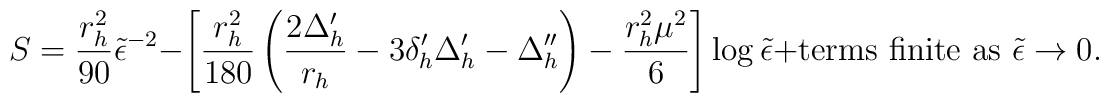
S=\frac {r_{h}^{2}}{90} {\tilde {\epsilon }}^{-2}-\left[\frac {r_{h}^{2}}{180} \left( \frac {2\Delta _{h}'}{r_{h}} - 3\delta _{h}' \Delta _{h}'-\Delta _{h}'' \right) -\frac {r_{h}^{2}\mu ^{2}}{6} \right]\log {\tilde {\epsilon }} + {\mbox {terms finite as }}{\tilde {\epsilon }}\rightarrow 0 .